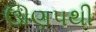
ઊણપથી